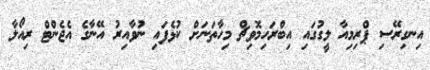
އިނގިރޭސި ޕްރިމިއާ ލީގުގައި އިބްރަހިމޮވިޗް މިހާތަނަށް ކުޅެފައި ނުވާއިރު އޭނާގެ އެޖެންޓް ރިއޯލާ